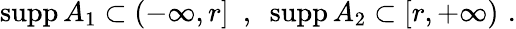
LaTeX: \mathrm{supp}\, A_{1}\subset(-\infty,r]\, \, \, ,\, \, \, \mathrm{supp}\, A_{2}\subset[r,+\infty)\, \, .